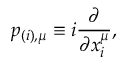
p _ { ( i ) , \mu } \equiv i \frac { \partial } { \partial x _ { i } ^ { \mu } } ,